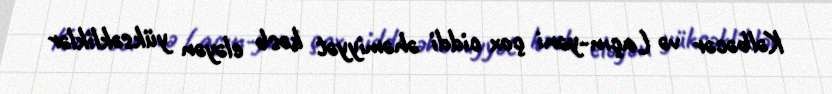
Kəlbəcər və Laçın-yəni çox ciddi əhəmiyyət kəsb eləyən yüksəkliklər